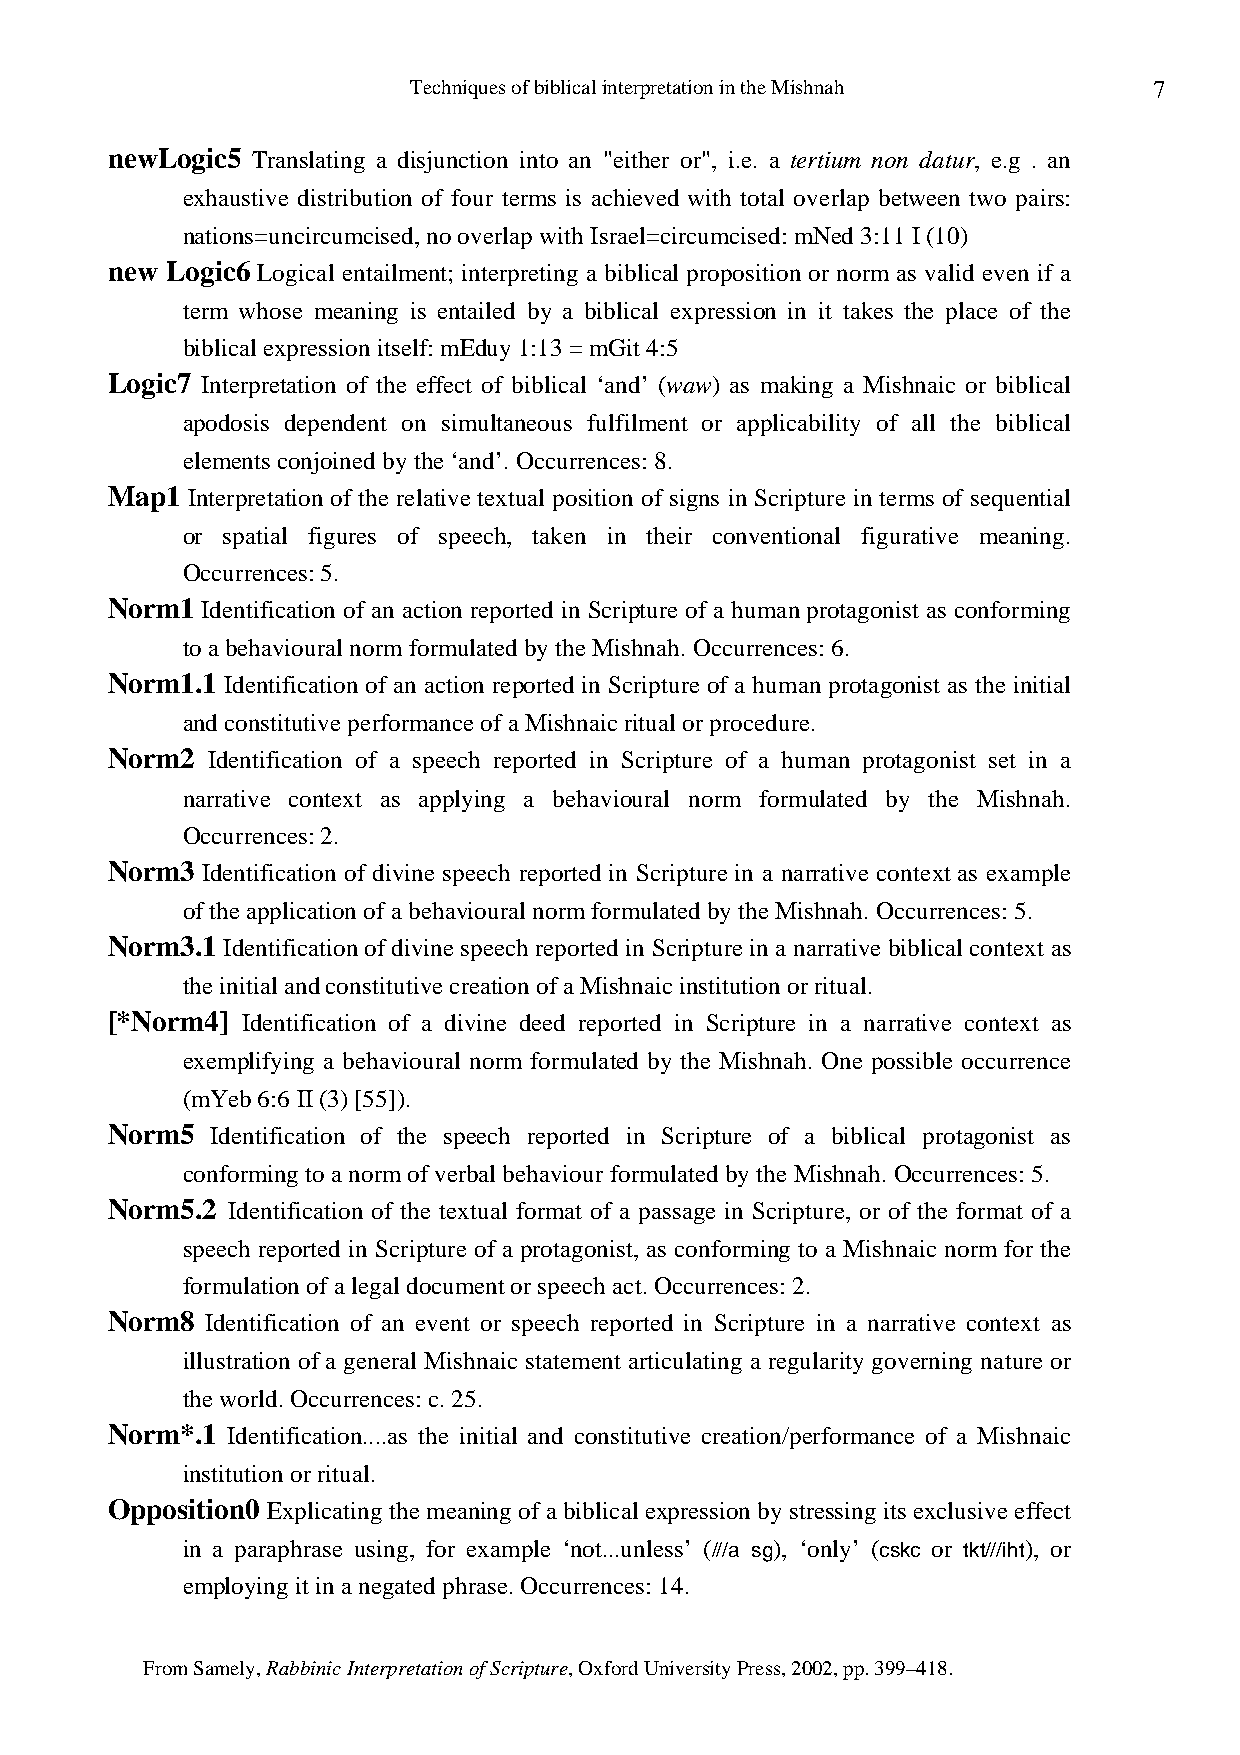
Techniques of biblical interpretation in the Mishnah 7
 newLogic5 Translating a disjunction into an "either or", i.e. a tertium non datur, e.g . an
 exhaustive distribution of four terms is achieved with total overlap between two pairs:
 nations=uncircumcised, no overlap with Israel=circumcised: mNed 3:11 I (10)
 new Logic6 Logical entailment; interpreting a biblical proposition or norm as valid even if a
 term whose meaning is entailed by a biblical expression in it takes the place of the
 biblical expression itself: mEduy 1:13 = mGit 4:5
 Logic7 Interpretation of the effect of biblical ‘and’ (waw) as making a Mishnaic or biblical
 apodosis dependent on simultaneous fulfilment or applicability of all the biblical
 elements conjoined by the ‘and’. Occurrences: 8.
 Map1 Interpretation of the relative textual position of signs in Scripture in terms of sequential
 or spatial figures of speech, taken in their conventional figurative meaning.
 Occurrences: 5.
 Norm1 Identification of an action reported in Scripture of a human protagonist as conforming
 to a behavioural norm formulated by the Mishnah. Occurrences: 6.
 Norm1.1 Identification of an action reported in Scripture of a human protagonist as the initial
 and constitutive performance of a Mishnaic ritual or procedure.
 Norm2  Identification of a speech reported in Scripture of a human protagonist set in a
 narrative context as applying a behavioural norm formulated by the Mishnah.
 Occurrences: 2.
 Norm3 Identification of divine speech reported in Scripture in a narrative context as example
 of the application of a behavioural norm formulated by the Mishnah. Occurrences: 5.
 Norm3.1 Identification of divine speech reported in Scripture in a narrative biblical context as
 the initial and constitutive creation of a Mishnaic institution or ritual.
 [*Norm4] Identification of a divine deed reported in Scripture in a narrative context as
 exemplifying a behavioural norm formulated by the Mishnah. One possible occurrence
 (mYeb 6:6 II (3) [55]).
 Norm5  Identification of the speech reported in Scripture of a biblical protagonist as
 conforming to a norm of verbal behaviour formulated by the Mishnah. Occurrences: 5.
 Norm5.2 Identification of the textual format of a passage in Scripture, or of the format of a
 speech reported in Scripture of a protagonist, as conforming to a Mishnaic norm for the
 formulation of a legal document or speech act. Occurrences: 2.
 Norm8  Identification of an event or speech reported in Scripture in a narrative context as
 illustration of a general Mishnaic statement articulating a regularity governing nature or
 the world. Occurrences: c. 25.
 Norm*.1 Identification....as the initial and constitutive creation/performance of a Mishnaic
 institution or ritual.
 Opposition0 Explicating the meaning of a biblical expression by stressing its exclusive effect
 in a paraphrase using, for example ‘not...unless’ (///a sg), ‘only’ (cskc or tkt///iht), or
 employing it in a negated phrase. Occurrences: 14.
 From Samely, Rabbinic Interpretation of Scripture, Oxford University Press, 2002, pp. 399–418.